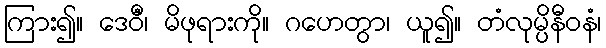
ကြား၍။ ဒေဝီံ၊ မိဖုရားကို။ ဂဟေတွာ၊ ယူ၍။ တံလုမ္ပိနီဝနံ၊